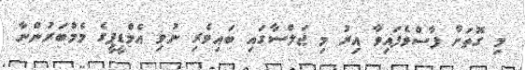
މި ގޮތަށް ފާސްވެފައިވާ އިރު މި ޖަލްސާގައި ބައިވެރި ނުވި އެމްޑީޕީގެ މެމްބަރުންނާ